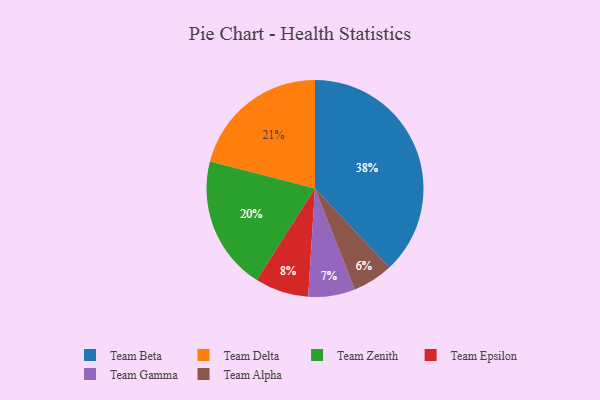
{"axis": {"x": "Category", "y": "Percentage"}, "legend": ["Team Alpha", "Team Beta", "Team Delta", "Team Epsilon", "Team Gamma", "Team Zenith"], "data": [{"x": "Team Delta", "y": 21, "type": "Team Delta"}, {"x": "Team Gamma", "y": 7, "type": "Team Gamma"}, {"x": "Team Beta", "y": 38, "type": "Team Beta"}, {"x": "Team Alpha", "y": 6, "type": "Team Alpha"}, {"x": "Team Zenith", "y": 20, "type": "Team Zenith"}, {"x": "Team Epsilon", "y": 8, "type": "Team Epsilon"}]}